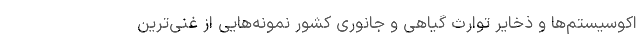
اکوسیستم‌ها و ذخایر توارث گیاهی و جانوری کشور نمونه‌هایی از غنی‌ترین